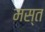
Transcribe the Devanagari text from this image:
मस्‍त